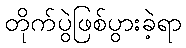
တိုက်ပွဲဖြစ်ပွားခဲ့ရာ